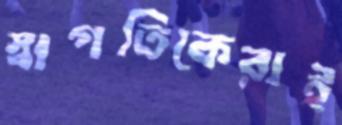
স্বাগতিকেরাই